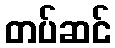
တပ်ဆင်